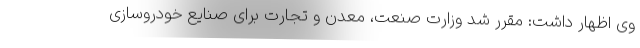
وی اظهار داشت: مقرر شد وزارت صنعت، معدن و تجارت برای صنایع خودروسازی